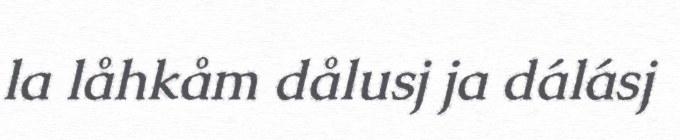
la låhkåm dålusj ja dálásj